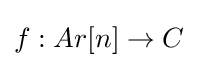
f:Ar[n]\to C